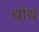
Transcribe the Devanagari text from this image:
चोथ